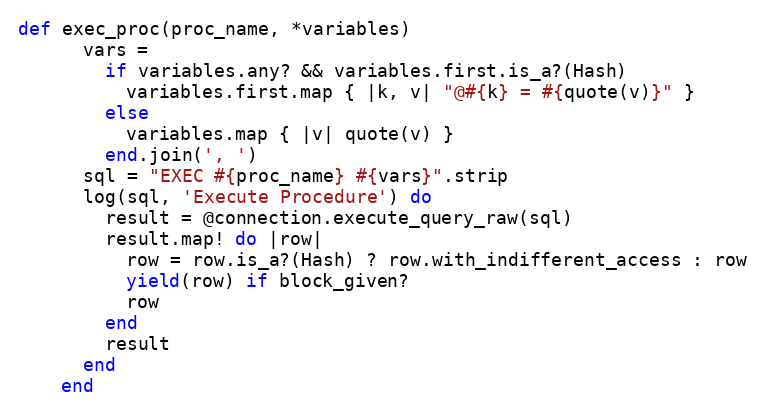
Language: Ruby
def exec_proc(proc_name, *variables)
      vars =
        if variables.any? && variables.first.is_a?(Hash)
          variables.first.map { |k, v| "@#{k} = #{quote(v)}" }
        else
          variables.map { |v| quote(v) }
        end.join(', ')
      sql = "EXEC #{proc_name} #{vars}".strip
      log(sql, 'Execute Procedure') do
        result = @connection.execute_query_raw(sql)
        result.map! do |row|
          row = row.is_a?(Hash) ? row.with_indifferent_access : row
          yield(row) if block_given?
          row
        end
        result
      end
    end